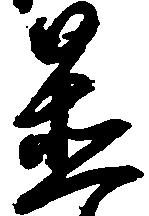
置